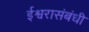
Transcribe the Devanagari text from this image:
ईश्वरासंबंधी